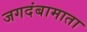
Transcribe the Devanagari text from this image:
जगदंबामाता